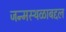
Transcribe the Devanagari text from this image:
जन्मस्थळाबद्दल